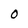
Character: O